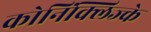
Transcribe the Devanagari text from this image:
कोनिंक्लिज्के